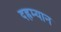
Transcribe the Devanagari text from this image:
दह्रम्यान